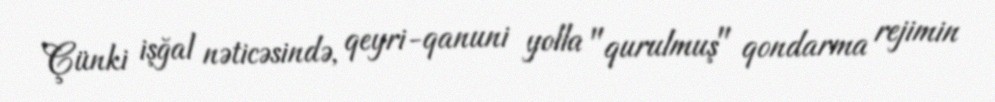
Çünki işğal nəticəsində, qeyri-qanuni yolla "qurulmuş" qondarma rejimin